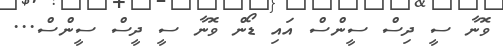
ވޮނާ ސީ ދިސް ސީންސް އައި ޑޯން ވޮނާ ސީ ދީސް ސީންސް...